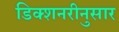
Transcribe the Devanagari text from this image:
डिक्शनरीनुसार